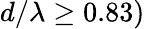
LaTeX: d/\lambda\ge 0.83)